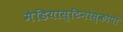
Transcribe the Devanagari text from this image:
मेडियास्टिनोस्कोपी